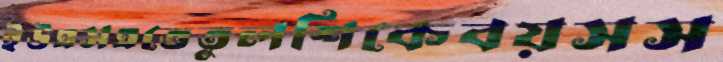
ইউএসএতেতুলশিকেবয়সস